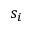
s _ { i }